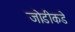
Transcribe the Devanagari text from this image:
जोडीकडे